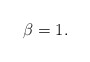
\begin{align*}\beta=1. \end{align*}